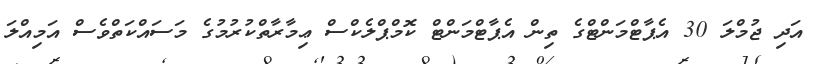
އަދި ޖުމްލަ 30 އެޕާޓްމަންޓްގެ ތިން އެޕާޓްމަންޓް ކޮމްޕްލެކްސް ޢިމާރާތްކުރުމުގެ މަސައްކަތްވެސް އަމިއްލަ